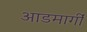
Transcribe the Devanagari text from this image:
आडमार्गीं